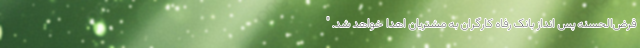
قرض‌الحسنه پس انداز بانک رفاه کارگران به مشتریان اهدا خواهد شد. "